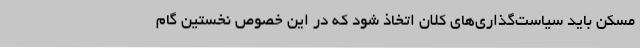
مسکن باید سیاست‌گذاری‌های کلان اتخاذ شود که در این خصوص نخستین گام